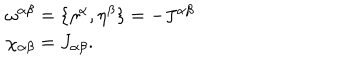
\begin{array} { l } { { \omega ^ { \alpha \beta } = \{ \eta ^ { \alpha } , \eta ^ { \beta } \} = - J ^ { \alpha \beta } } } \\ { { \chi _ { \alpha \beta } = J _ { \alpha \beta } . } } \\ \end{array}